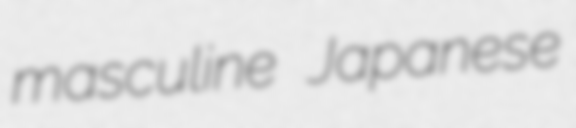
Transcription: masculine Japanese